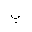
Letter: _ba